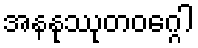
အနနုဿုတဝဂ္ဂေါ